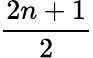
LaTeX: \frac{2n+1}{2}